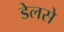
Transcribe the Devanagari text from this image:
डेलसे